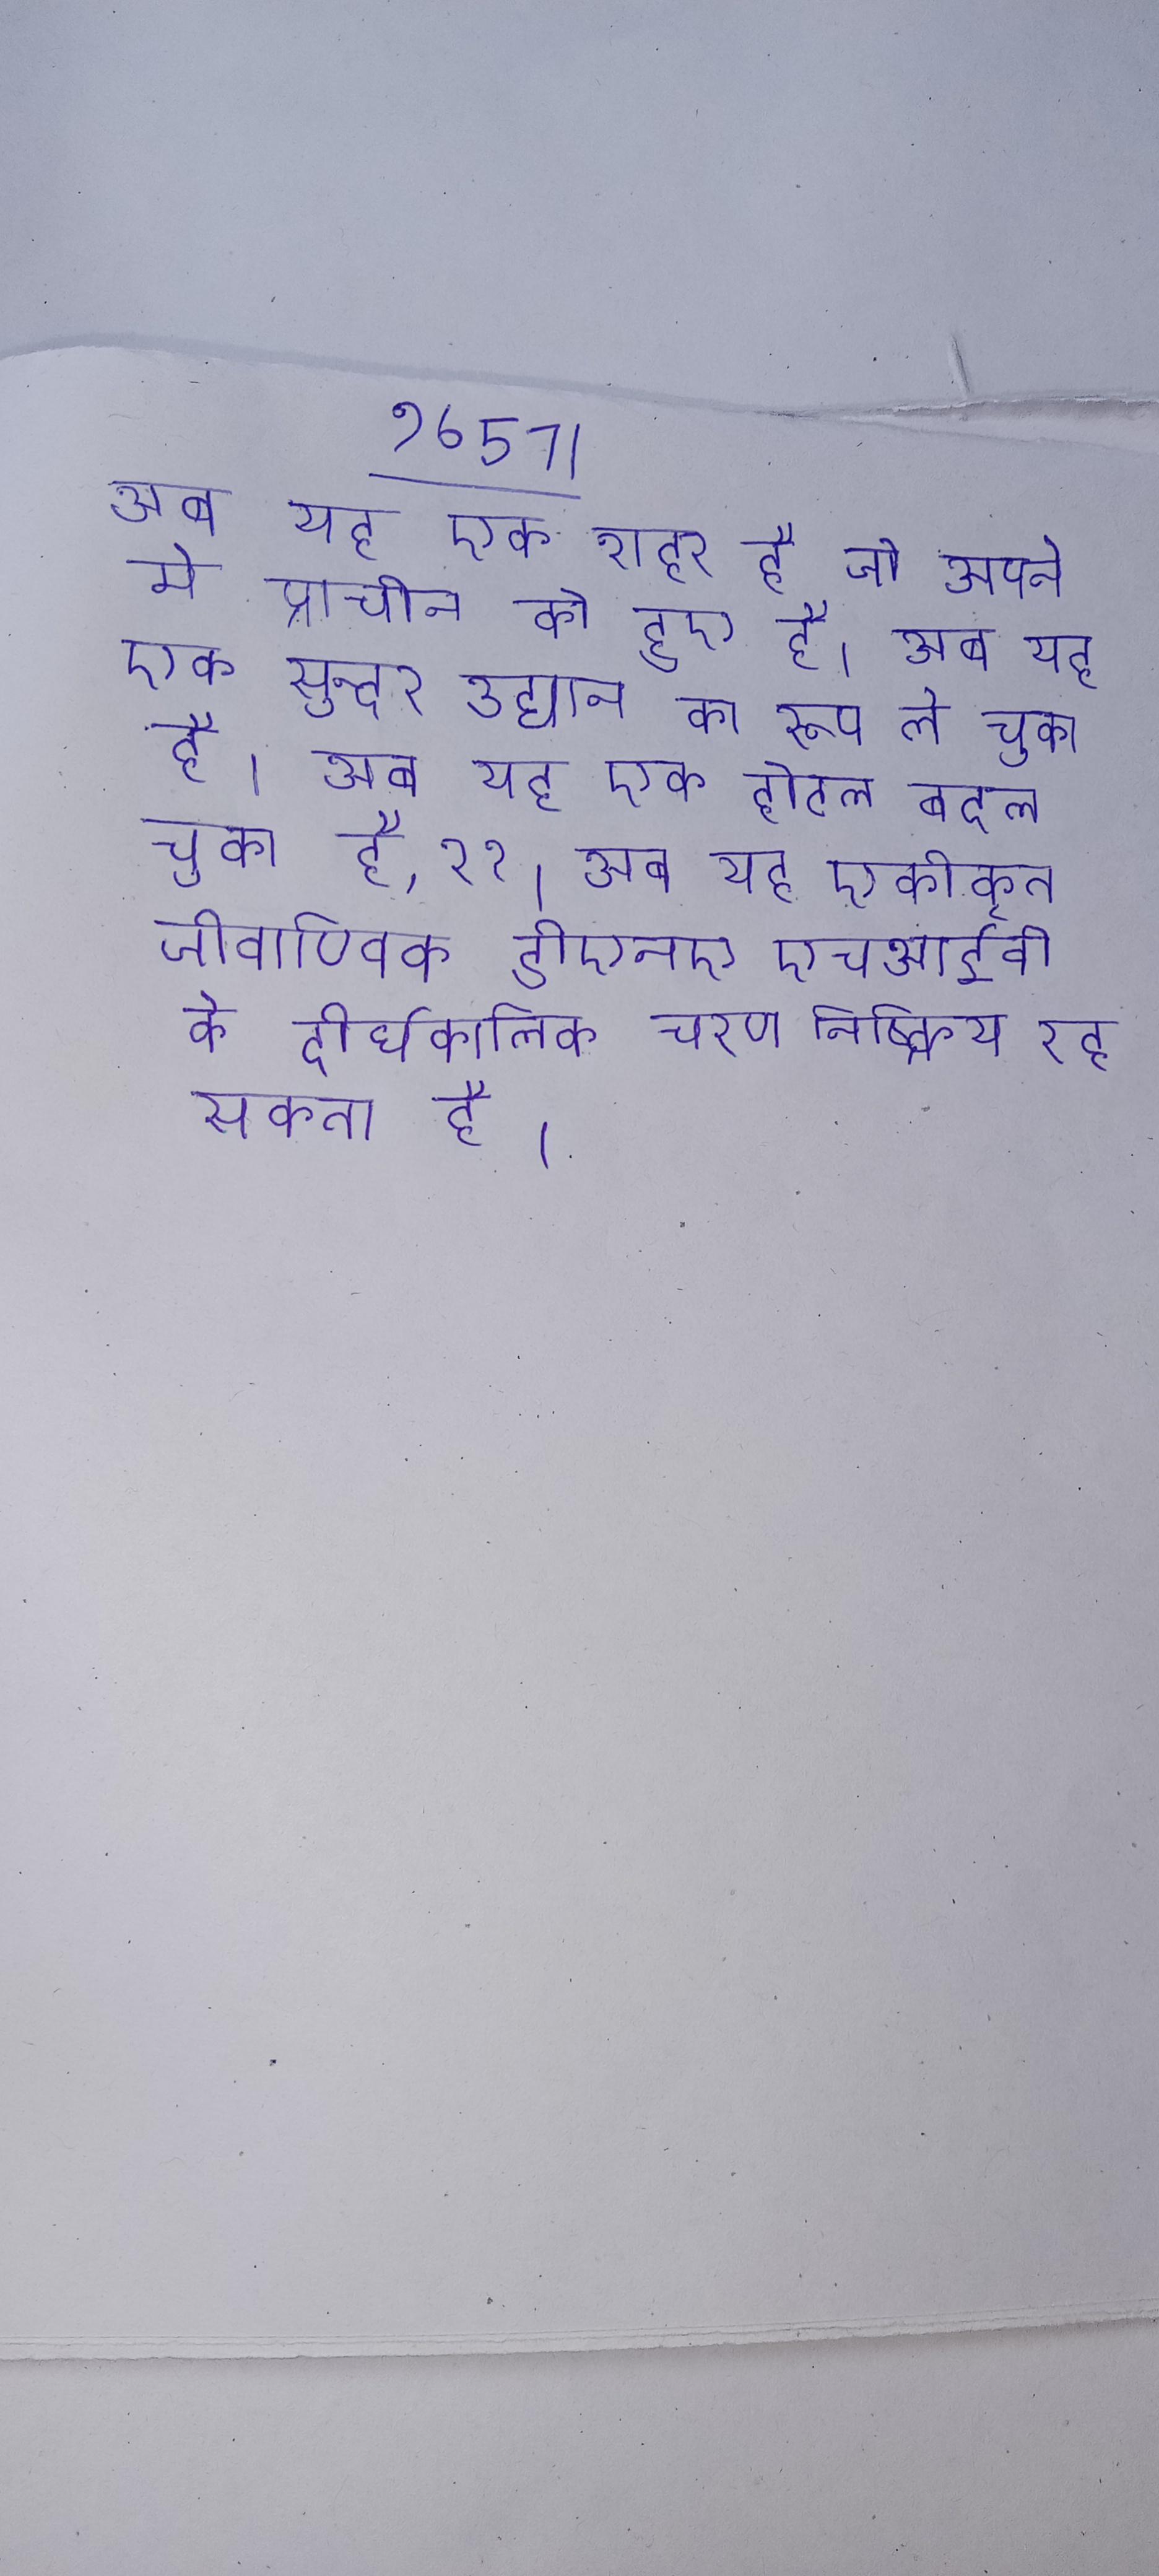
अब यह एक शहर है जो अपने मे प्राचीन को हुए है । अब यह एक सुन्दर उद्यान का रूप ले चुका है । अब यह एक होटल बदल चुका है, २१ । अब यह एकीकृत जीवाण्विक डीएनए एचआईवी के दीर्घकालिक चरण निष्क्रिय रह सकता है ।